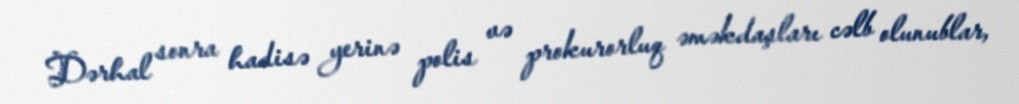
Dərhal sonra hadisə yerinə polis və prokurorluq əməkdaşları cəlb olunublar,